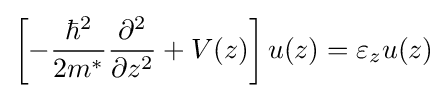
\left[-{\frac {\hbar ^{2}}{2m^{*}}}{\partial ^{2} \over \partial z^{2}}+V(z)\right]u(z)=\varepsilon _{z}u(z)